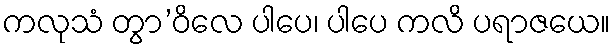
ကလုသံ တွာ’ဝိလေ ပါပေ၊ ပါပေ ကလိ ပရာဇယေ။